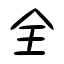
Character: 全